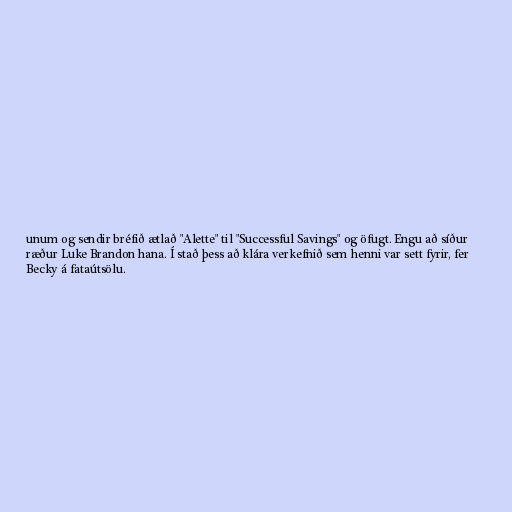
unum og sendir bréfið ætlað "Alette" til "Successful Savings" og öfugt. Engu að síður
ræður Luke Brandon hana. Í stað þess að klára verkefnið sem henni var sett fyrir, fer
Becky á fataútsölu.